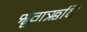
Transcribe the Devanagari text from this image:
श्रृंगऋषि